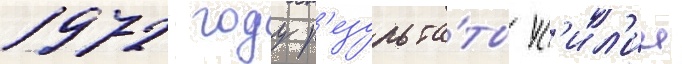
1972 году р'езульта́ты ус'ил'ии